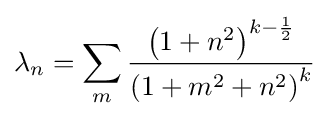
\lambda _{n}=\sum _{m}{\frac {\left(1+n^{2}\right)^{k-{\frac {1}{2}}}}{\left(1+m^{2}+n^{2}\right)^{k}}}